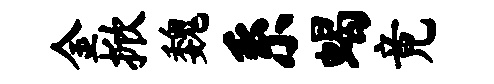
金掀魏系蝎竟